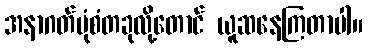
အနာဂတ်ပုံစံတခုလို့တောင် ယူဆနေကြတာပါ။